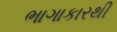
ભાગાકારથી